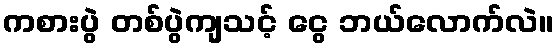
ကစားပွဲ တစ်ပွဲကျသင့် ငွေ ဘယ်လောက်လဲ။